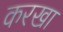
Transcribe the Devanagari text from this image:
करखा